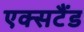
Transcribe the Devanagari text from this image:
एक्सटैंड